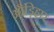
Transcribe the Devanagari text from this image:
औंड़िहार